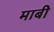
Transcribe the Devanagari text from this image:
माबी